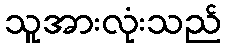
သူအားလုံးသည်